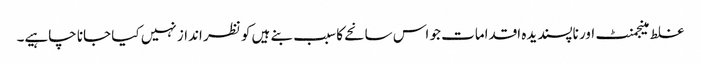
غلط مینجمنٹ اور ناپسندیدہ اقدامات جو اس سانحے کا سبب بنے ہیں کو نظر انداز نہیں کیا جانا چاہیے۔